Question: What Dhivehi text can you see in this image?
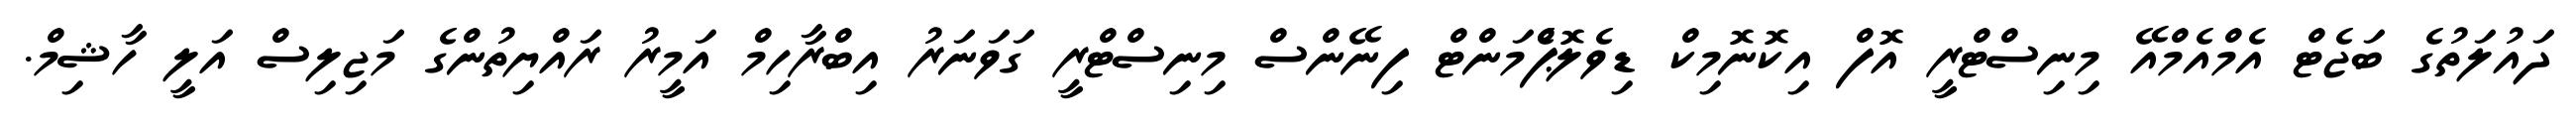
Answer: ދައުލަތުގެ ބަޖެޓް އެމްއެމްއޭ މިނިސްޓްރީ އޮފް އިކޮނޮމިކް ޑިވެލޮޕްެމަންޓް ފިނޭންސް މިނިސްޓްރީ ގަވަނަރު އިބްރާހިމް އަމީރު ރައްޔިތުންގެ މަޖިލިސް އަލީ ހާޝިމް.